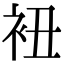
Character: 𧘥